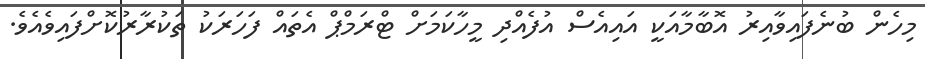
މިހެން ބުނެފައިވާއިރު އޮބާމާއަކީ އައިއެސް އުފެއްދި މީހާކަމަށް ޓްރަމްޕް އެތައް ފަހަރަކު ތަކުރާރުކޮށްފައިވެއެވެ.